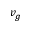
v _ { g }